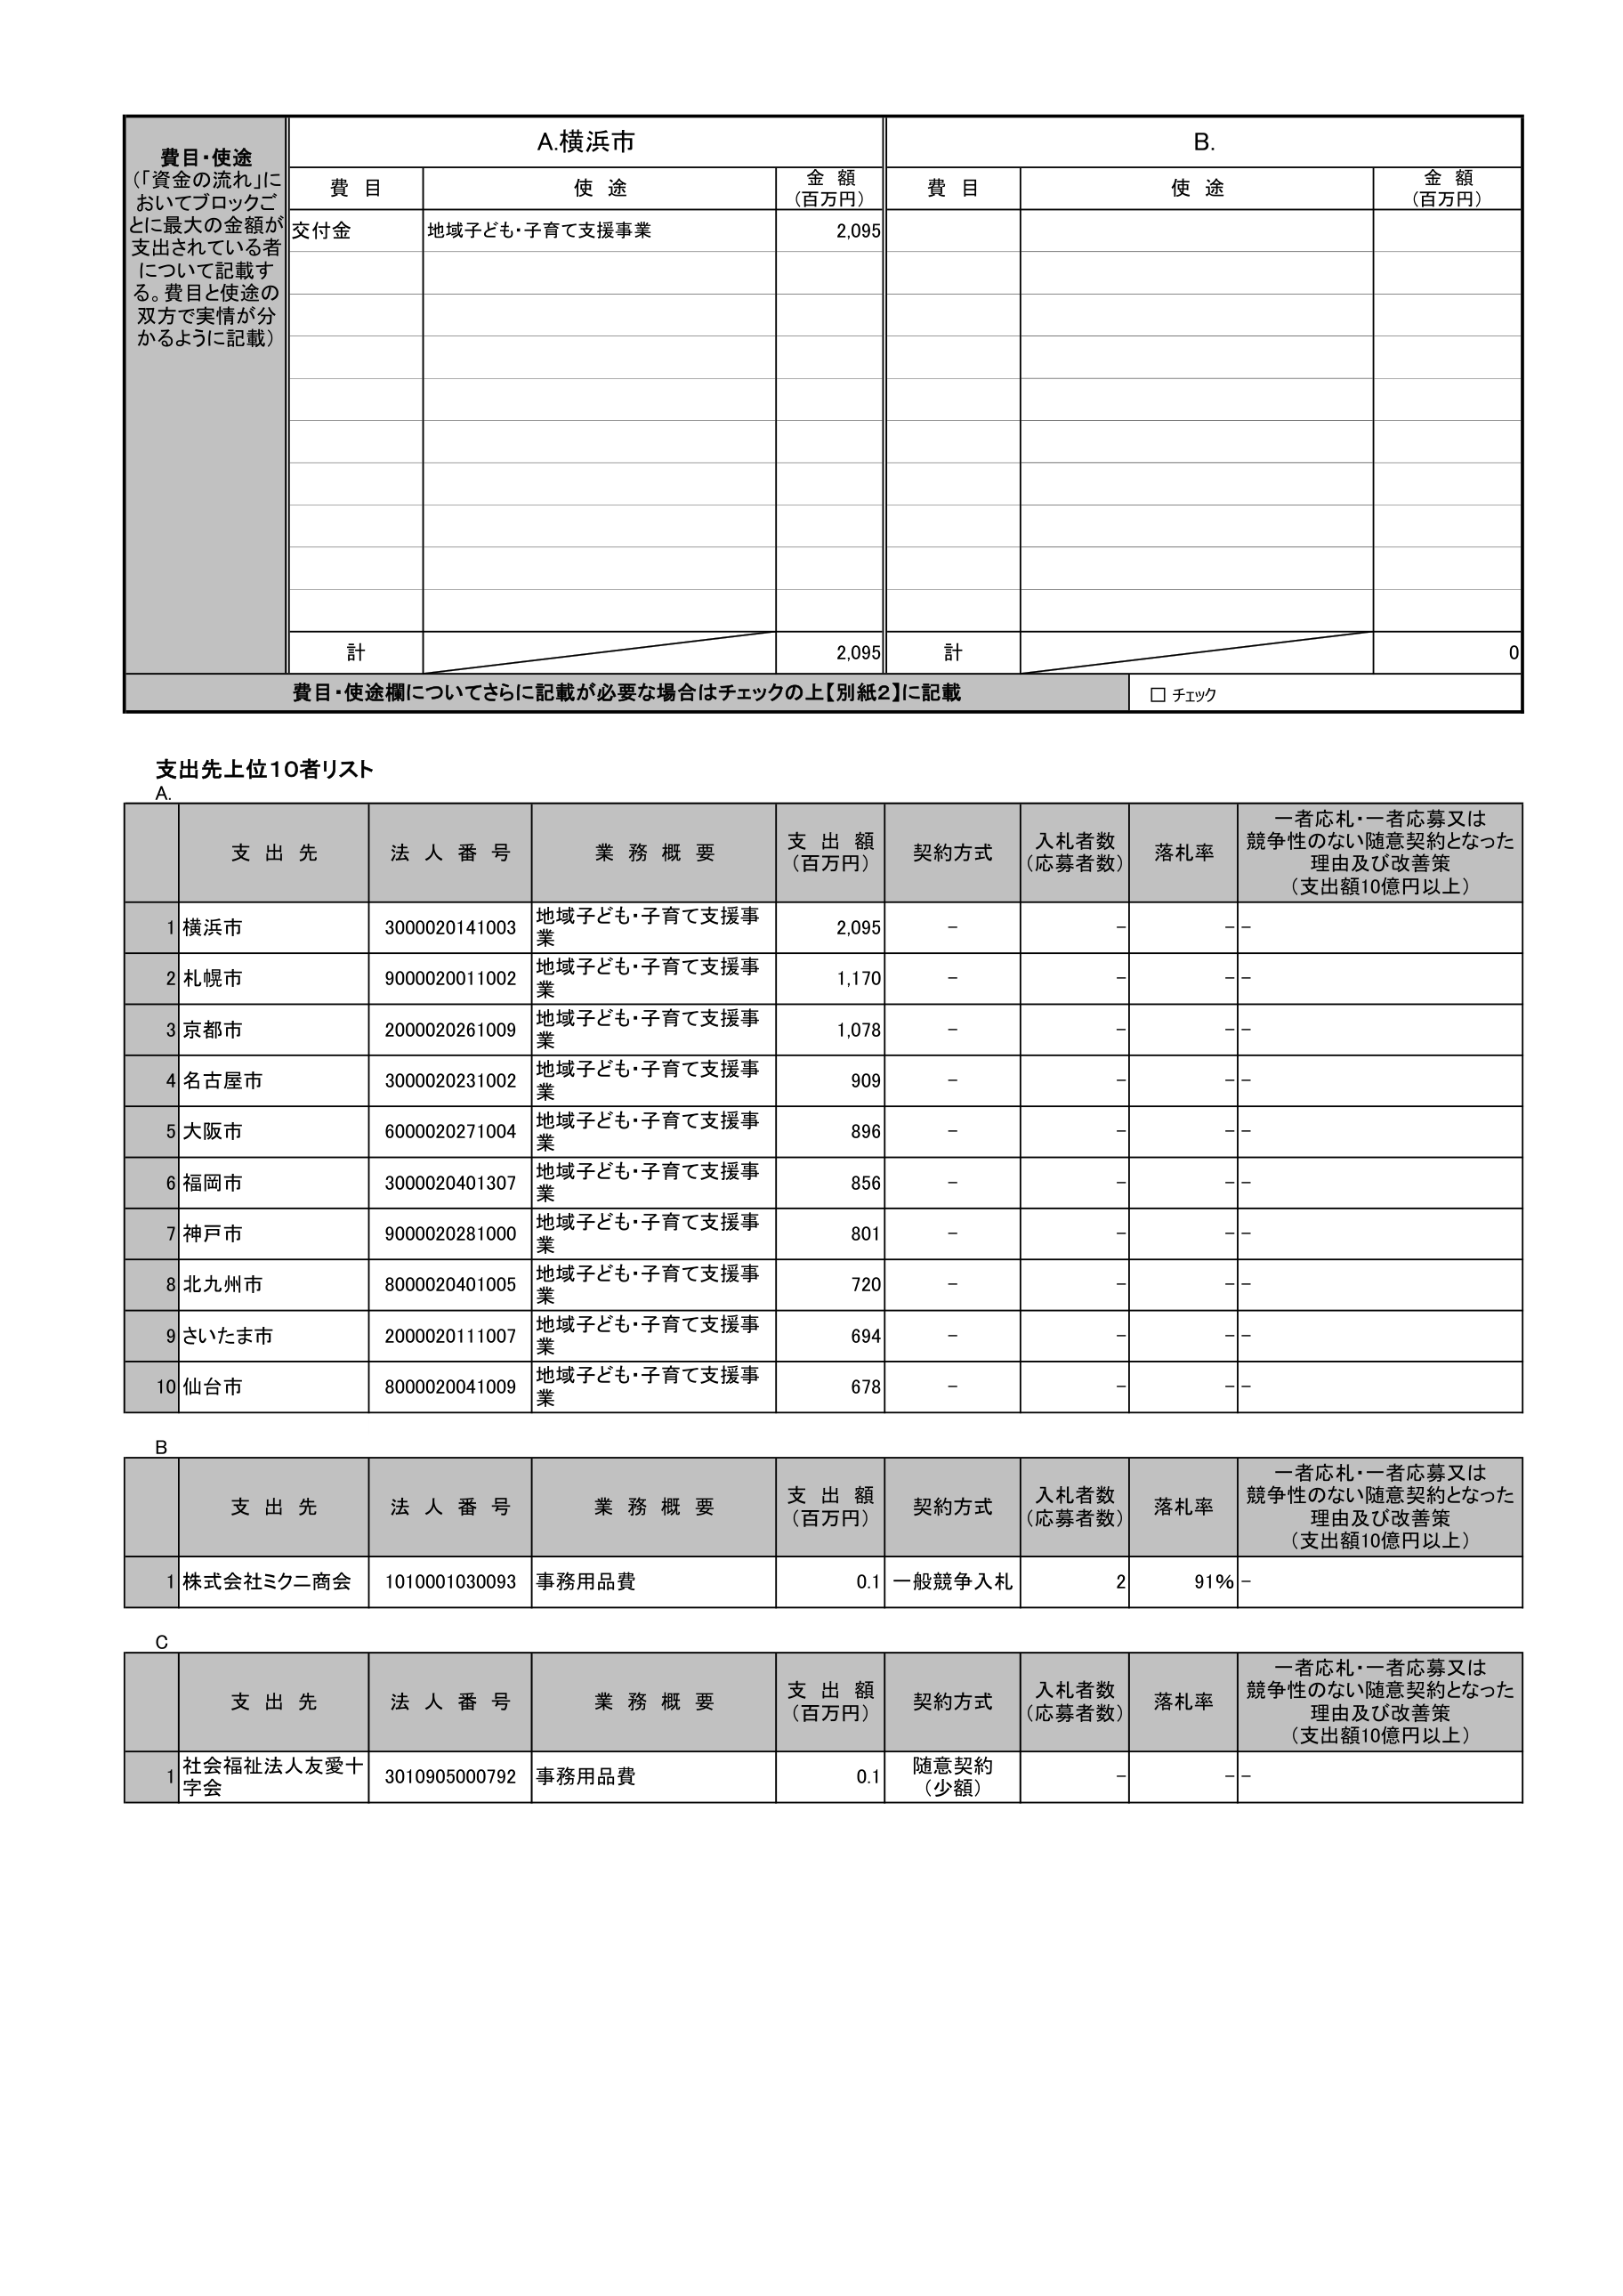
費目・使途
（「資金の流れ」においてブロックごとに最大の金額が支出されている者について記載する。費目と使途の双方で実情が分かるように記載）

A.横浜市
費目　　使途　　金額（百万円）
交付金　地域子ども・子育て支援事業　2,095

計　2,095

B.
費目　　使途　　金額（百万円）

計　0

費目・使途欄についてさらに記載が必要な場合はチェックの上【別紙2】に記載
□ チェック

支出先上位10者リスト

A.
支 出 先　　法 人 番 号　　業 務 概 要　　支 出 額（百万円）　契約方式　入札者数（応募者数）　落札率　一者応札・一者応募又は競争性のない随意契約となった理由及び改善策（支出額10億円以上）
1 横浜市　3000020141003　地域子ども・子育て支援事業　2,095　－　－　－－
2 札幌市　9000020011002　地域子ども・子育て支援事業　1,170　－　－　－－
3 京都市　2000020261009　地域子ども・子育て支援事業　1,078　－　－　－－
4 名古屋市　3000020231002　地域子ども・子育て支援事業　909　－　－　－－
5 大阪市　6000020271004　地域子ども・子育て支援事業　896　－　－　－－
6 福岡市　3000020401307　地域子ども・子育て支援事業　856　－　－　－－
7 神戸市　9000020281000　地域子ども・子育て支援事業　801　－　－　－－
8 北九州市　8000020401005　地域子ども・子育て支援事業　720　－　－　－－
9 さいたま市　2000020111007　地域子ども・子育て支援事業　694　－　－　－－
10 仙台市　8000020041009　地域子ども・子育て支援事業　678　－　－　－－

B
支 出 先　　法 人 番 号　　業 務 概 要　　支 出 額（百万円）　契約方式　入札者数（応募者数）　落札率　一者応札・一者応募又は競争性のない随意契約となった理由及び改善策（支出額10億円以上）
1 株式会社ミクニ商会　1010001030093　事務用品費　0.1　一般競争入札　2　91％　－

C
支 出 先　　法 人 番 号　　業 務 概 要　　支 出 額（百万円）　契約方式　入札者数（応募者数）　落札率　一者応札・一者応募又は競争性のない随意契約となった理由及び改善策（支出額10億円以上）
1 社会福祉法人友愛十字会　3010905000792　事務用品費　0.1　随意契約（少額）　－　－－